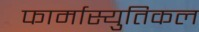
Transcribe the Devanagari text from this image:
फार्मास्युतिकल